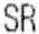
SR